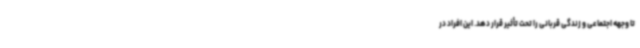
تا وجهه اجتماعی و زندگی قربانی را تحت تأثیر قرار دهد. این افراد در